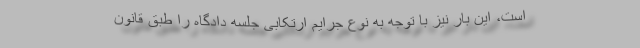
است، این بار نیز با توجه به نوع جرایم ارتکابی جلسه دادگاه را طبق قانون